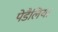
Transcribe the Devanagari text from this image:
पेडैलिया